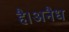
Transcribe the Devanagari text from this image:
है।अनैध